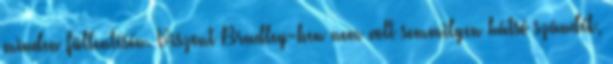
minden füllentésén. Viszont Bradley-ben nem volt semmilyen hátsó szándék,